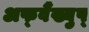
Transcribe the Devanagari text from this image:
अफ्वैंख्युप्